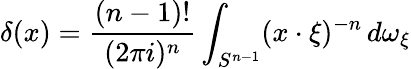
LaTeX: \delta(x)={\frac{(n-1)!}{(2\pi i)^{n}}}\int_{S^{n-1}}(x\cdot\xi)^{-n}\, d\omega_{\xi}